Plague in India, 1896, 1897 - Volume 3
Year: 1896
Disease focus: Plague
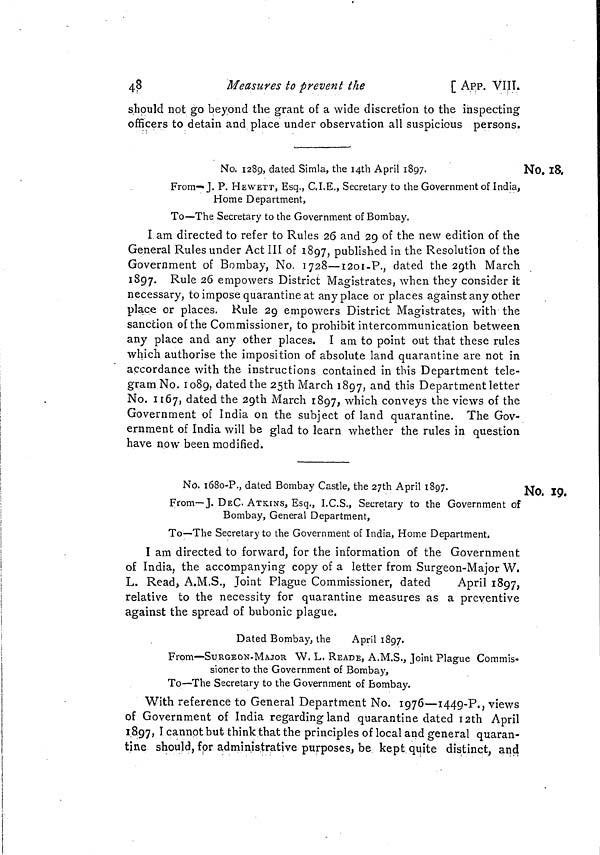
48
Measures to prevent the
[ APP. VIIT.
should not go beyond the grant of a wide discretion to the inspecting
officers to detain and place under observation all suspicious persons.
No. 18.
No. 1289, dated Simla, the I4th April 1897.
From—J. P. HEWETT, Esq., C.I.E., Secretary to the Government of India,
Home Department,
To—The Secretary to the Government of Bombay.
I am directed to refer to Rules 26 and 29 of the new edition of the
General Rules under Act III of 1897, published in the Resolution of the
Government of Bombay, No. 1728—1201-P., dated the 29th March
1897. Rule 26 empowers District Magistrates, when they consider it
necessary, to impose quarantine at anyplace or places against any other
place or places. Rule 29 empowers District Magistrates, with the
sanction of the Commissioner, to prohibit intercommunication between
any place and any other places. I am to point out that these rules
which authorise the imposition of absolute land quarantine are not in
accordance with the instructions contained in this Department tele-
gram No. 1089, dated the 25th March 1897, and this Department letter
No. 1167, dated the 29th March 1897, which conveys the views of the
Government of India on the subject of land quarantine. The Gov-
ernment of India will be glad to learn whether the rules in question
have now been modified.
No. 19.
No. 1680-P., dated Bombay Castle, the 27th April 1897.
From—J. DEC. ATKINS, Esq., I.C.S., Secretary to the Government of
Bombay, General Department,
To—The Secretary to the Government of India, Home Department.
I am directed to forward, for the information of the Government
of India, the accompanying copy of a letter from Surgeon-Major W.
L. Read, A.M.S., Joint Plague Commissioner, dated
April 1897,
relative to the necessity for quarantine measures as a preventive
against the spread of bubonic plague.
Dated Bombay, the
April 1897.
From—SURGEON-MAJOR W. L. READE, A.M.S., Joint Plague Commis-
sioner to the Government of Bombay,
To—The Secretary to the Government of Bombay.
With reference to General Department No. 1976—1449-P., views
of Government of India regarding land quarantine dated 12th April
1897, I cannot but think that the principles of local and general quaran-
tine should, for administrative purposes, be kept quite distinct, and